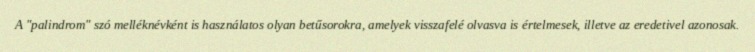
A "palindrom" szó melléknévként is használatos olyan betűsorokra, amelyek visszafelé olvasva is értelmesek, illetve az eredetivel azonosak.